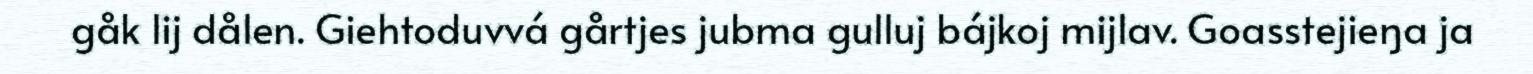
gåk lij dålen. Giehtoduvvá gårtjes jubma gulluj bájkoj mijlav. Goasstejieŋa ja